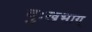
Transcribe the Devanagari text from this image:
दुःखभाग्